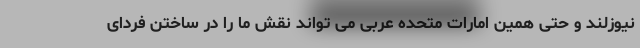
نیوزلند و حتی همین امارات متحده عربی می تواند نقش ما را در ساختن فردای